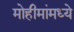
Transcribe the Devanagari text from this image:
मोहीमांमध्ये